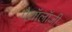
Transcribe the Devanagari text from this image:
पैथॉलॉजी